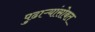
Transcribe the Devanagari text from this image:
पुढाऱ्यांसोबत